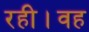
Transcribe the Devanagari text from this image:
रही।वह